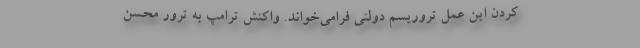
کردن این عمل تروریسم دولتی فرامی‌خواند. واکنش ترامپ به ترور محسن